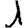
Digit: 1